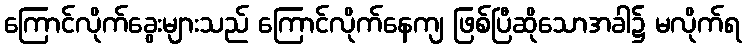
ကြောင်လိုက်ခွေးများသည် ကြောင်လိုက်နေကျ ဖြစ်ပြီဆိုသောအခါ၌ မလိုက်ရ